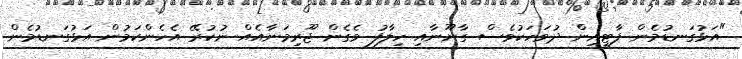
"އަޅުގަނޑުމެން ޕާޓީއިން ދުވަހަކުވެސް ގާނޫނާއި ހިލާފު ވެގެން ޖޫރިމަނާއެއް ނުކުރޭ އެހެންކަމުން އަޅުގަނޑުމެން